Report on vaccination in the Province of Bengal - 1874-1889
Year: 1874
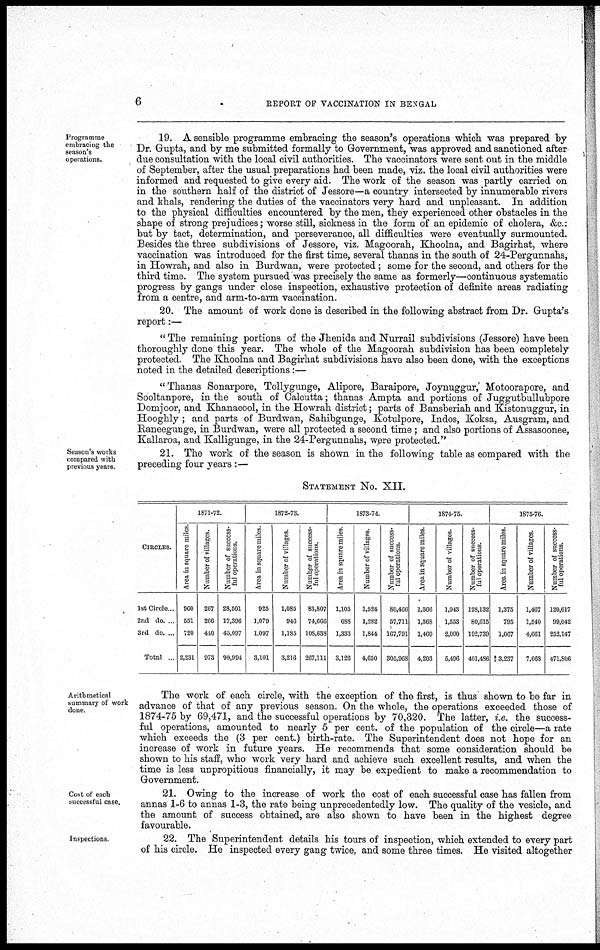
6
REPORT OF VACCINATION IN BENGAL
Programme
embracing the
season's
operations.
19. A sensible programme embracing the season's operations which was prepared by
Dr. Gupta, and by me submitted formally to Government, was approved and sanctioned after
due consultation with the local civil authorities. The vaccinators were sent out in the middle
of September, after the usual preparations had been made, viz. the local civil authorities were
informed and requested to give every aid. The work of the season was partly carried on
in the southern half of the district of Jessore—-a country intersected by innumerable rivers
and khals, rendering the duties of the vaccinators very hard and unpleasant. In addition
to the physical difficulties encountered by the men, they experienced other obstacles in the
shape of strong prejudices; worse still, sickness in the form of an epidemic of cholera, &c.:
but by tact, determination, and perseverance, all difficulties were eventually surmounted.
Besides the three subdivisions of Jessore, viz. Magoorah, Khoolna, and Bagirhat, where
vaccination was introduced for the first time, several thanas in the south of 24-Pergunnahs,
in Howrah, and also in Burdwan, were protected; some for the second, and others for the
third time. The system pursued was precisely the same as formerly—continuous systematic
progress by gangs under close inspection, exhaustive protection of definite areas radiating
from a centre, and arm-to-arm vaccination.
20. The amount of work done is described in the following abstract from Dr. Gupta's
report:—
" The remaining portions of the Jhenida and Nurrail subdivisions (Jessore) have been
thoroughly done this year. The whole of the Magoorah subdivision has been completely
protected. The Khoolna and Bagirhat subdivisions have also been done, with the exceptions
noted in the detailed descriptions:—
"Thanas Sonarpore, Tollygunge, Alipore, Baraipore, Joynuggur, Motoorapore, and
Sooltanpore, in the south of Calcutta; thanas Ampta and portions of Juggutbullubpore
Domjoor, and Khanacool, in the Howrah district; parts of Bansberiah and Kistonuggur, in
Hooghly ; and parts of Burdwan, Sahibgunge, Kotulpore, Indos, Koksa, Ausgram, and
Raneegunge, in Burdwan, were all protected a second time ; and also portions of Assasoonee,
Kallaroa, and Kalligunge, in the 24-Pergunnahs, were protected."
Season's works
compared with
previous years.
21. The work of the season is shown in the following table as compared with the
preceding four years :—
STATEMENT No. XII.
CIRCLES.
1st Circle..
2nd do. ...
3rd do. ...
Total ..
1871-72
Area in square miles
960
551
720
2,231
Number of villages.
267
266
440
973
Number of success-
ful operations.
28,501
17,396
45,097
90,994
1872-73.
Area in square miles.
925
1,079
1,097
3,101
Number of villages.
1,085
946
1,185
3,216
Number of success-
ful operations.
83,807
74,666
108,638
267,111
1873-74.
Area in square miles.
1,105
688
1,333
3,126
Number of villages.
1,524
1,282
1,844
4,650
Number of success-
ful operations.
80,466
57,711
167,791
305,968
1874-75.
Area in square miles
1,366
1,368
1,469
4,203
Number of villages.
1,943
1,553
2,000
5,496
Number of success-
ful operations.
128,132
80,615
192,739
401,486
1875-76.
Area in square miles.
1,375
795
1,067
3,237
Number of villages.
1,467
1,540
4,661
7,668
Number of success-
ful operations.
120,617
99,042
252,147
471,806
Arithmetical
summary of work
done.
The work of each circle, with the exception of the first, is thus shown to be far in
advance of that of any previous season. On the whole, the operations exceeded those of
1874-75 by 69,471, and the successful operations by 70,320. The latter, i.e. the success-
ful operations, amounted to nearly 5 per cent. of the population of the circle—a rate
which exceeds the (3 per cent.) birth-rate. The Superintendent does not hope for an
increase of work in future years. He recommends that some consideration should be
shown to his staff, who work very hard and achieve such excellent results, and when the
time is less unpropitious financially, it may be expedient to make a recommendation to
Government.
Cost of each
successful case.
21. Owing to the increase of work the cost of each successful case has fallen from
annas 1-6 to annas 1-3, the rate being unprecedentedly low. The quality of the vesicle, and
the amount of success obtained, are also shown to have been in the highest degree
favourable.
Inspections.
22. The Superintendent details his tours of inspection, which extended to every part
of his circle. He inspected every gang twice, and some three times. He visited altogether